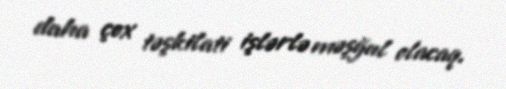
daha çox təşkilati işlərlə məşğul olacaq.